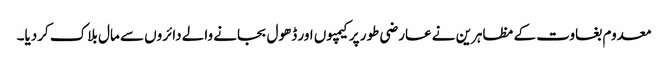
معدوم بغاوت کے مظاہرین نے عارضی طور پر کیمپوں اور ڈھول بجانے والے دائروں سے مال بلاک کردیا۔